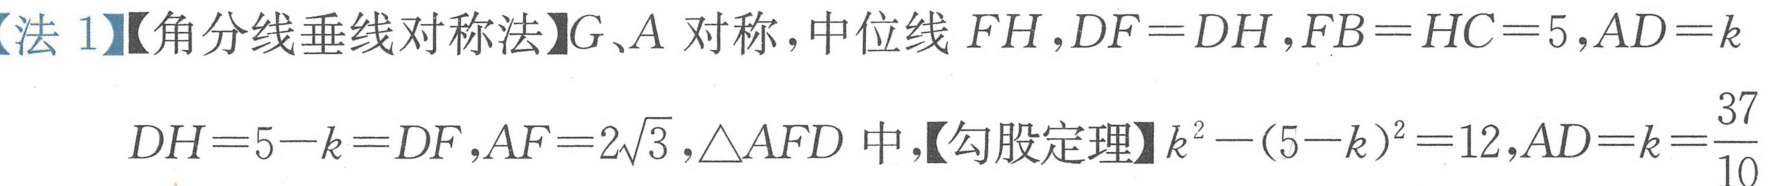
【法1】【角分线垂线对称法】$G、A$对称，中位线$FH$，$DF = DH$，$FB = HC = 5$，$AD = k$
$DH = 5 - k = DF$，$AF = 2\sqrt{3}$，$\triangle AFD$中，【勾股定理】$k^{2}-(5 - k)^{2}=12$，$AD = k=\dfrac{37}{10}$